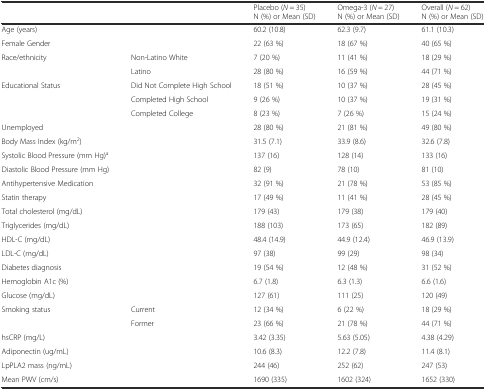
<table><thead><tr><td></td><td></td><td><b>Placebo (<i>N</i> = 35)N (%) or Mean (SD)</b></td><td><b>Omega-3 (<i>N</i> = 27)N (%) or Mean (SD)</b></td><td><b>Overall (<i>N</i> = 62)N (%) or Mean (SD)</b></td></tr></thead><tbody><tr><td>Age (years)</td><td></td><td>60.2 (10.8)</td><td>62.3 (9.7)</td><td>61.1 (10.3)</td></tr><tr><td>Female Gender</td><td></td><td>22 (63 %)</td><td>18 (67 %)</td><td>40 (65 %)</td></tr><tr><td>Race/ethnicity</td><td>Non-Latino White</td><td>7 (20 %)</td><td>11 (41 %)</td><td>18 (29 %)</td></tr><tr><td></td><td>Latino</td><td>28 (80 %)</td><td>16 (59 %)</td><td>44 (71 %)</td></tr><tr><td>Educational Status</td><td>Did Not Complete High School</td><td>18 (51 %)</td><td>10 (37 %)</td><td>28 (45 %)</td></tr><tr><td></td><td>Completed High School</td><td>9 (26 %)</td><td>10 (37 %)</td><td>19 (31 %)</td></tr><tr><td></td><td>Completed College</td><td>8 (23 %)</td><td>7 (26 %)</td><td>15 (24 %)</td></tr><tr><td>Unemployed</td><td></td><td>28 (80 %)</td><td>21 (81 %)</td><td>49 (80 %)</td></tr><tr><td>Body Mass Index (kg/m<sup>2</sup>)</td><td></td><td>31.5 (7.1)</td><td>33.9 (8.6)</td><td>32.6 (7.8)</td></tr><tr><td>Systolic Blood Pressure (mm Hg)<sup>a</sup></td><td></td><td>137 (16)</td><td>128 (14)</td><td>133 (16)</td></tr><tr><td>Diastolic Blood Pressure (mm Hg)</td><td></td><td>82 (9)</td><td>78 (10)</td><td>81 (10)</td></tr><tr><td>Antihypertensive Medication</td><td></td><td>32 (91 %)</td><td>21 (78 %)</td><td>53 (85 %)</td></tr><tr><td>Statin therapy</td><td></td><td>17 (49 %)</td><td>11 (41 %)</td><td>28 (45 %)</td></tr><tr><td>Total cholesterol (mg/dL)</td><td></td><td>179 (43)</td><td>179 (38)</td><td>179 (40)</td></tr><tr><td>Triglycerides (mg/dL)</td><td></td><td>188 (103)</td><td>173 (65)</td><td>182 (89)</td></tr><tr><td>HDL-C (mg/dL)</td><td></td><td>48.4 (14.9)</td><td>44.9 (12.4)</td><td>46.9 (13.9)</td></tr><tr><td>LDL-C (mg/dL)</td><td></td><td>97 (38)</td><td>99 (29)</td><td>98 (34)</td></tr><tr><td>Diabetes diagnosis</td><td></td><td>19 (54 %)</td><td>12 (48 %)</td><td>31 (52 %)</td></tr><tr><td>Hemoglobin A1c (%)</td><td></td><td>6.7 (1.8)</td><td>6.3 (1.3)</td><td>6.6 (1.6)</td></tr><tr><td>Glucose (mg/dL)</td><td></td><td>127 (61)</td><td>111 (25)</td><td>120 (49)</td></tr><tr><td>Smoking status</td><td>Current</td><td>12 (34 %)</td><td>6 (22 %)</td><td>18 (29 %)</td></tr><tr><td></td><td>Former</td><td>23 (66 %)</td><td>21 (78 %)</td><td>44 (71 %)</td></tr><tr><td>hsCRP (mg/L)</td><td></td><td>3.42 (3.35)</td><td>5.63 (5.05)</td><td>4.38 (4.29)</td></tr><tr><td>Adiponectin (ug/mL)</td><td></td><td>10.6 (8.3)</td><td>12.2 (7.8)</td><td>11.4 (8.1)</td></tr><tr><td>LpPLA2 mass (ng/mL)</td><td></td><td>244 (46)</td><td>252 (62)</td><td>247 (53)</td></tr><tr><td>Mean PWV (cm/s)</td><td></td><td>1690 (335)</td><td>1602 (324)</td><td>1652 (330)</td></tr></tbody></table>